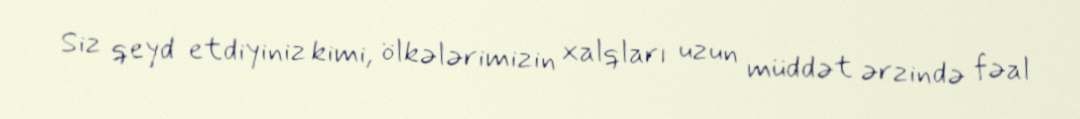
Siz qeyd etdiyiniz kimi, ölkələrimizin xalqları uzun müddət ərzində fəal